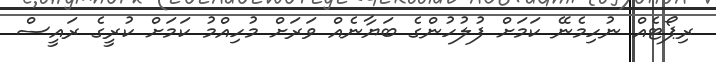
ރިޕޯޓެއް ނުހިމެނޭ ކަމަށް ފުލުހުންގެ ބަޔާނެއް ވަރަށް މުހިއްމު ކަމަށް ކުރީގެ ރައީސް